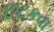
છટકવા